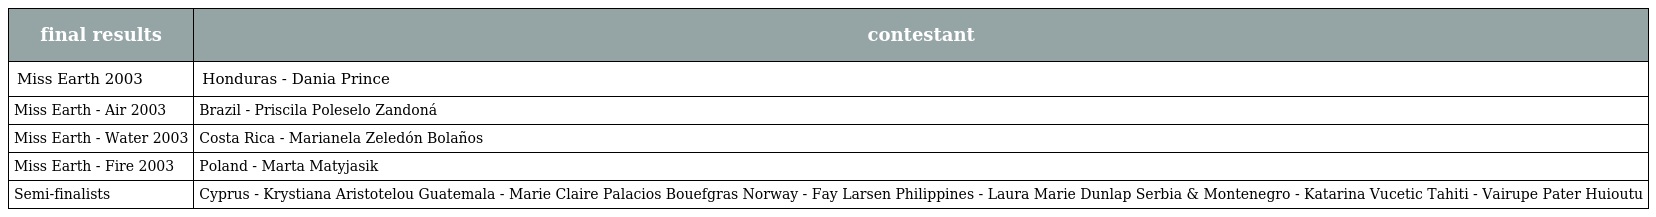
| final results | contestant |
 | --- | --- |
 | Miss Earth 2003 | Honduras - Dania Prince |
 | Miss Earth - Air 2003 | Brazil - Priscila Poleselo Zandoná |
 | Miss Earth - Water 2003 | Costa Rica - Marianela Zeledón Bolaños |
 | Miss Earth - Fire 2003 | Poland - Marta Matyjasik |
 | Semi-finalists | Cyprus - Krystiana Aristotelou Guatemala - Marie Claire Palacios Bouefgras Norway - Fay Larsen Philippines - Laura Marie Dunlap Serbia & Montenegro - Katarina Vucetic Tahiti - Vairupe Pater Huioutu |